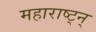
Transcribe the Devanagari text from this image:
महाराष्ट्न्